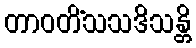
တာဝတိံသသဒိသန္တိ